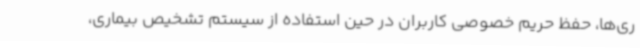
ری‌ها، حفظ حریم خصوصی کاربران در حین استفاده از سیستم تشخیص بیماری،